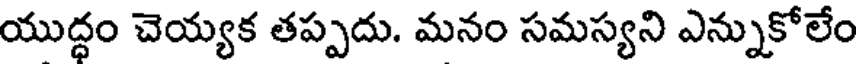
యుద్ధం చెయ్యక తప్పదు. మనం సమస్యని ఎన్నుకోలేం